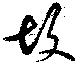
故